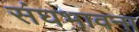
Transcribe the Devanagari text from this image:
संघभावना